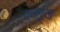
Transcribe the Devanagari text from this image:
सल्फ़्यूरस